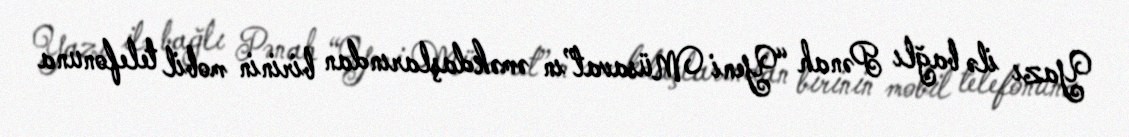
Yazı ilə bağlı Pənah “Yeni Müsavat”ın əməkdaşlarından birinin mobil telefonuna